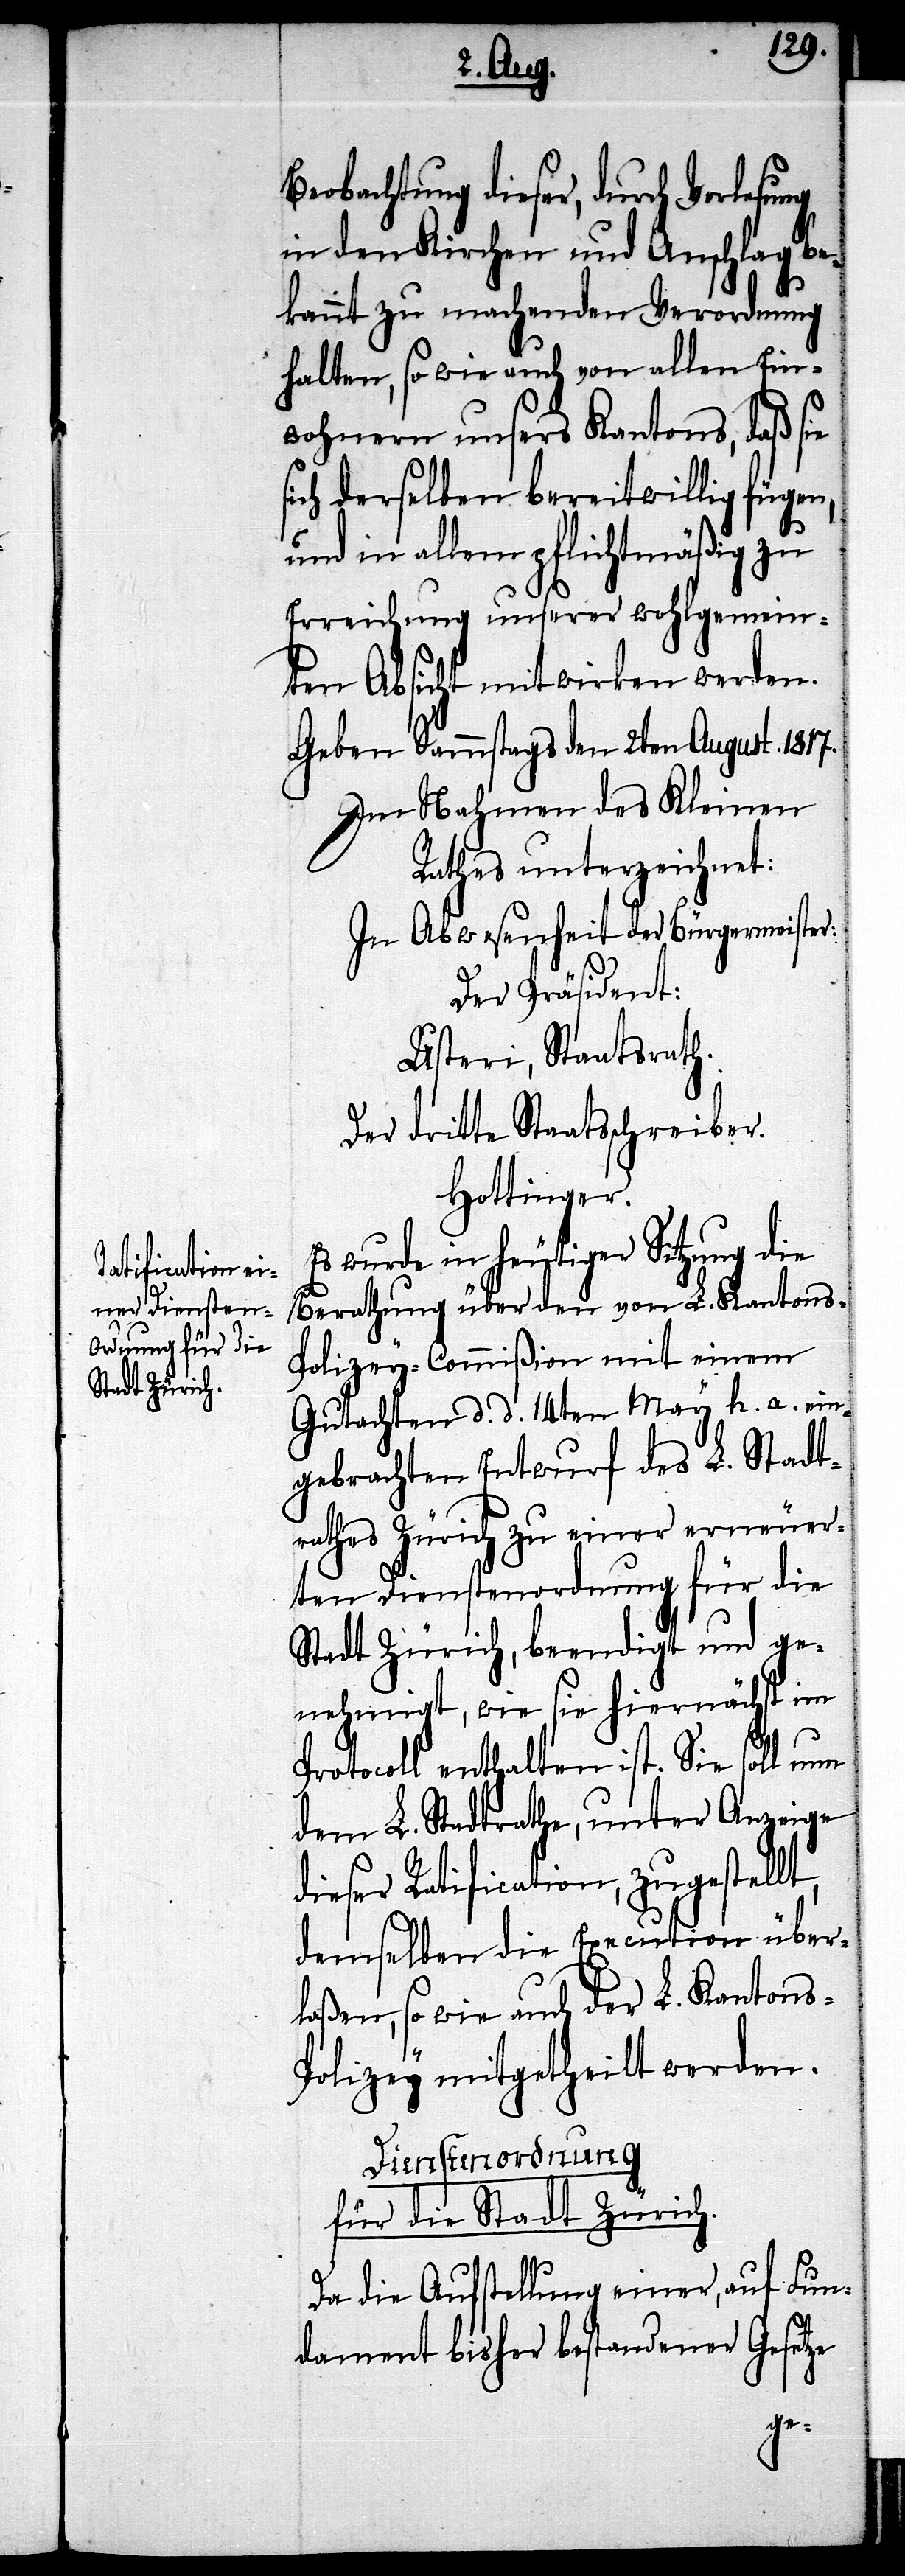
Beobachtung dieser, durch Verlesung
in den Kirchen und Anschlag be¬
kannt zu machenden Verordnung
halten, so wie auch von allen Ein¬
wohnern unsers Kantons, daß s¬
sich derselben bereitwillig fügen,
und in allem pflichtmäßig zu
Erreichung unserer wohlgemein¬
ten Absicht mitwirken werden.
Geben Sammstags den 2ten August. 1817.
Im Nahmen des Kleinen
Rathes unterzeichnet:
In Abwesenheit der Bürgermeister:
Der Präsident:
Usteri, Staatsrath.
Der dritte Staatsschreiber:
Hottinger.
Es wurde in heutiger Sitzung die
Berathung über den von L. Kantons-P¬
olizey-Commißion mit einem
Gutachten d. d. 14ten May h. a. ein¬
gebrachten Entwurf des L. Stadt¬
rathes Zürich zu einer erneuer¬
ten Dienstenordnung für die
Stadt Zürich, beendigt und ge¬
nehmigt, wie sie hiernächst im
Protocoll enthalten ist. Sie soll nun
dem L. Stadtrathe, unter Anzeige
dieser Ratification, zugestellt,
demselben die Execution über¬
laßen, so wie auch der L. Kantons-P¬
olizey mitgetheilt werden.
Dienstenordnung
für die Stadt Zürich.
Da die Aufstellung einer, auf Fun¬
dament bisher bestandener Gesetze
ie